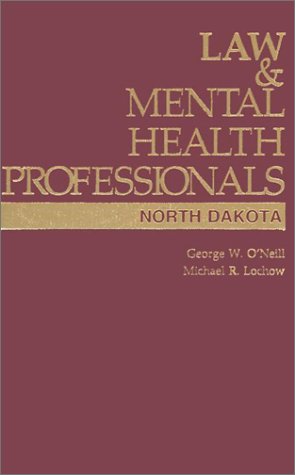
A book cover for Law & Mental Health Professionals (Law & Mental Health Professionals Series); George W. O'Neill; Law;